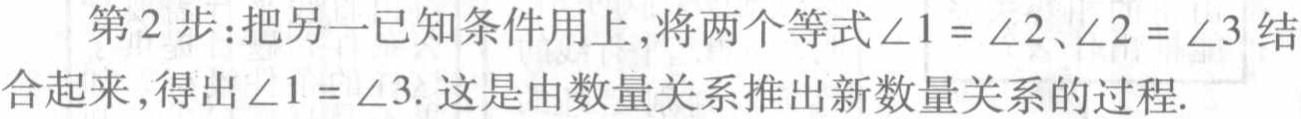
第2步：把另一已知条件用上，将两个等式\(\angle 1 = \angle 2\)、\(\angle 2 = \angle 3\)结合起来，得出\(\angle 1 = \angle 3\). 这是由数量关系推出新数量关系的过程.